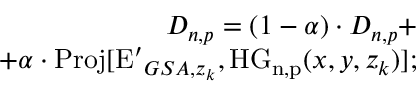
\begin{array} { r } { D _ { n , p } = ( 1 - \alpha ) \cdot D _ { n , p } + } \\ { + \alpha \cdot \mathrm { P r o j } [ \mathrm { E ^ { \prime } } _ { G S A , z _ { k } } , \mathrm { H G _ { n , p } } ( x , y , z _ { k } ) ] ; } \end{array}